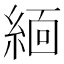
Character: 𬗟